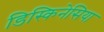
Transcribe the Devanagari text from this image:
डिस्किनेसिया